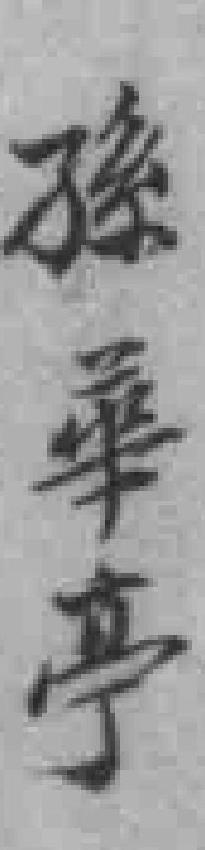
孫華𠅘